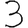
Digit: 3